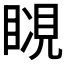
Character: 𧡆